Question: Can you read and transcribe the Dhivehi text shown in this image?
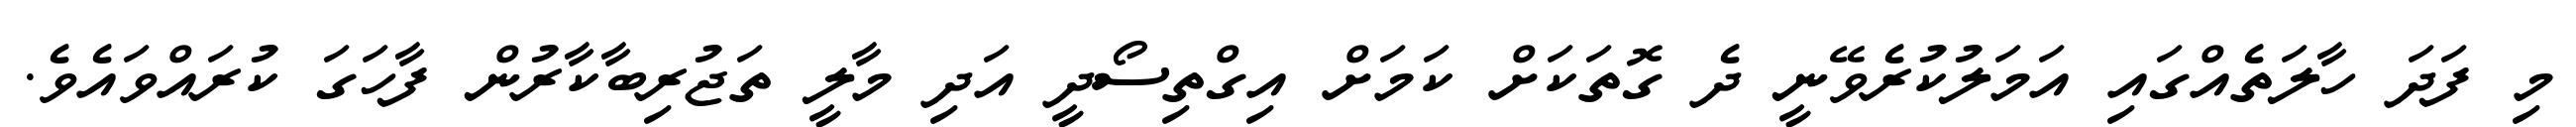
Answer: މި ފަދަ ހާލަތެއްގައި އަމަލުކުރެވޭނީ ދެ ގޮތަކަށް ކަމަށް އިގްތިސޯދީ އަދި މާލީ ތަޖުރިބާކާރުން ފާހަގަ ކުރައްވައެވެ.